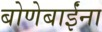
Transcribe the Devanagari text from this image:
बोणेबाईंना